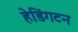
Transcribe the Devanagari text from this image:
हेडिंगटन